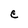
Character: C